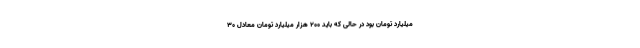
میلیارد تومان بود در حالی که باید ۲۰۰ هزار میلیارد تومان معادل ۳۰